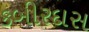
કબીરદાસ